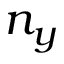
n _ { y }